Assam Mental Hospital (Tezpur, India) - 1933-1948
Year: 1933
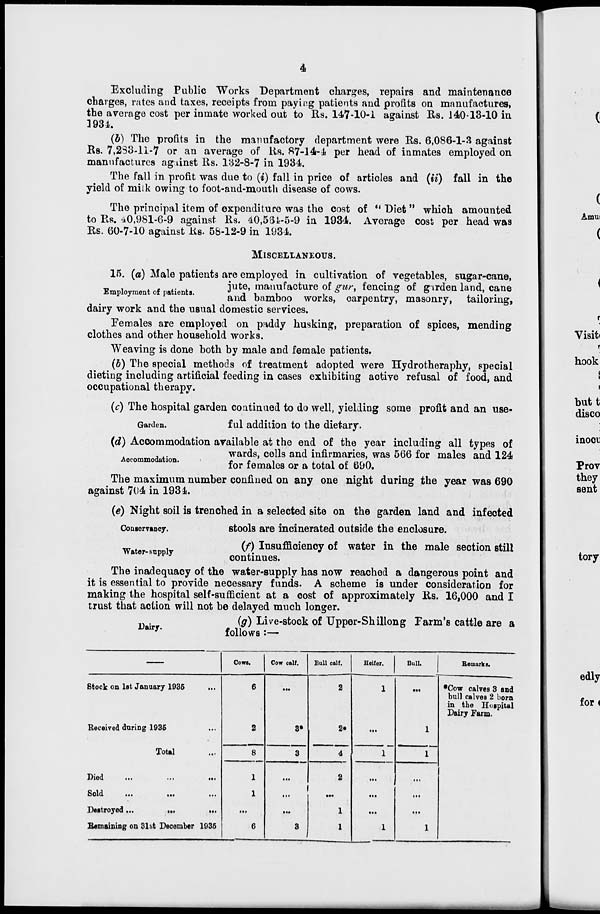
4
Excluding Public Works Department charges, repairs and maintenance
charges, rates and taxes, receipts from paying patients and profits on manufactures,
the average cost per inmate worked out to Rs. 147-10-1 against Rs. 140-13-10 in
1934.
(b) The profits in the manufactory department were Rs. 6,086-1-3 against
Rs. 7,283-11-7 or an average of Rs. 87-14-4 per head of inmates employed on
manufactures against Rs. 132-8-7 in 1934.
The fall in profit was due to (i) fall in price of articles and (ii) fall in the
yield of milk owing to foot-and-mouth disease of cows.
The principal item of expenditure was the cost of "Diet" which amounted
to Rs. 40,981-6-9 against Rs. 40,564-5-9 in 1934. Average cost per head was
Rs. 60-7-10 against Rs. 58-12-9 in 1934.
MISCELLANEOUS.
Employment of patients.
15. (a) Male patients are employed in cultivation of vegetables, sugar-cane,
jute, manufacture of gur, fencing of garden land, cane
and bamboo works, carpentry, masonry, tailoring,
dairy work and the usual domestic services.
Females are employed on paddy husking, preparation of spices, mending
clothes and other household works.
Weaving is done both by male and female patients.
(b) The special methods of treatment adopted were Hydrotheraphy, special
dieting including artificial feeding in cases exhibiting active refusal of food, and
occupational therapy.
Garden.
(c) The hospital garden continued to do well, yielding some profit and an use-
ful addition to the dietary.
Accommodation.
(d) Accommodation available at the end of the year including all types of
wards, cells and infirmaries, was 566 for males and 124
for females or a total of 690.
The maximum number confined on any one night during the year was 690
against 704 in 1934.
Conservancy.
(e) Night soil is trenched in a selected site on the garden land and infected
stools are incinerated outside the enclosure.
Water-supply
(f) Insufficiency of water in the male section still
continues.
The inadequacy of the water-supply has now reached a dangerous point and
it is essential to provide necessary funds. A scheme is under consideration for
making the hospital self-sufficient at a cost of approximately Rs. 16,000 and I
trust that action will not be delayed much longer.
Dairy.
(g) Live-stock of Upper-Shillong Farm's cattle are a
follows :—
—
Stock on 1st January 1935
...
Received during 1935 ...
Total ...
Died
...
...
...
Sold
...
...
...
Destroyed ... ... ...
Remaining on 31st December 1935
Cows.
6
2
8
1
1
...
6
Cow calf.
...
3*
3
...
...
...
3
Bull calf.
2
2*
4
2
...
1
1
Heifer.
1
...
1
...
...
...
1
Bull.
...
1
1
...
...
...
1
Remarks.
*Cow calves 3 and
bull calves 2 born
in the Hospital
Dairy Farm.